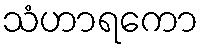
သံဟာရကော